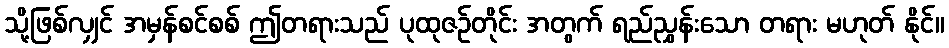
သို့ဖြစ်လျှင် အမှန်စင်စစ် ဤတရားသည် ပုထုဇဉ်တိုင်း အတွက် ရည်ညွှန်းသော တရား မဟုတ် နိုင်။